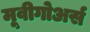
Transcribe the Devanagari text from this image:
मूवीगोअर्स